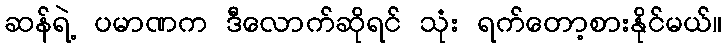
ဆန်ရဲ့ ပမာဏက ဒီလောက်ဆိုရင် သုံး ရက်တော့စားနိုင်မယ်။